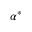
\alpha ^ { \ast }